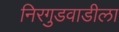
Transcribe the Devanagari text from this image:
निरगुडवाडीला